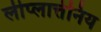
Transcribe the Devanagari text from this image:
लीप्लात्तेनिय